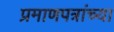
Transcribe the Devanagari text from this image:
प्रमाणपत्रांच्या